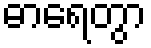
ဓာရေတွာ